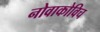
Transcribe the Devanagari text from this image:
नोवाकोविच